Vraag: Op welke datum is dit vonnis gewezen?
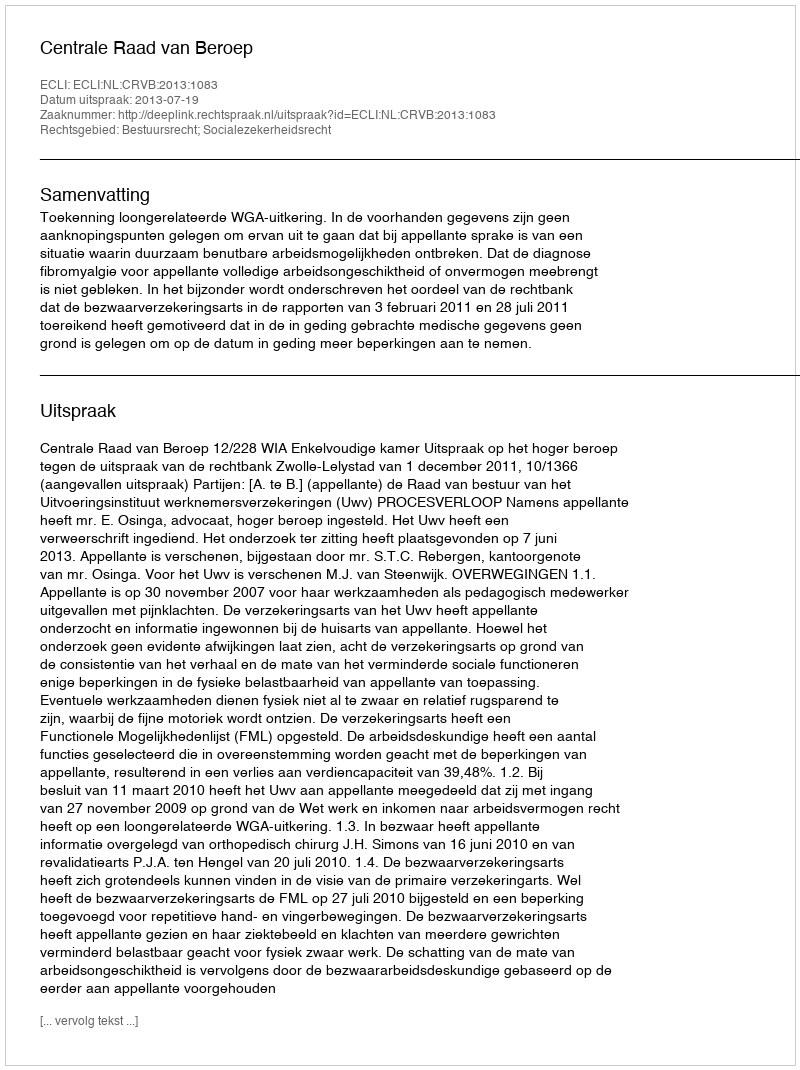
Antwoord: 2013-07-19